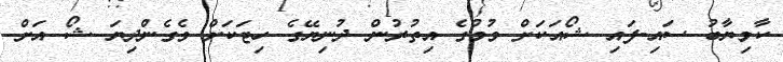
ކާމިޔާބު ސައި-ފައި ޝޯއަކަށް ވުމުގެ އިތުރުން ދުނިޔޭގެ ހިޓަކަށް ވެގެންދިޔަ ޝޯ އަށް